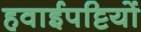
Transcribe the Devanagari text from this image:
हवाईपट्टियों